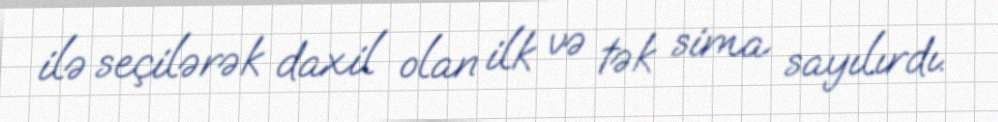
ilə seçilərək daxil olan ilk və tək sima sayılırdı.